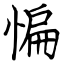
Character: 惼